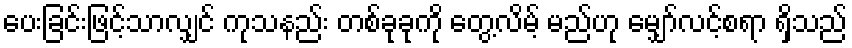
ပေးခြင်းဖြင့်သာလျှင် ကုသနည်း တစ်ခုခုကို တွေ့လိမ့် မည်ဟု မျှော်လင့်စရာ ရှိသည်